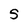
Character: S